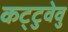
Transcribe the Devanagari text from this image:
कट्‌टुवेवु